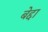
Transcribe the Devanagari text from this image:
बेद्दा